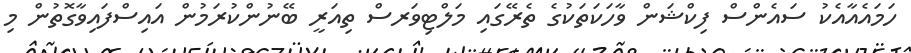
ހަމައެއާއެކު ސައެންސް ފިކްޝަން ވާހަކަތަކުގެ ތެރޭގައި މަލްޓިވަރސް ތިއަރީ ބޭނުންކުރަމުން އައިސްފައިވާގޮތުން މި